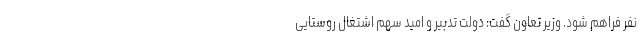
نفر فراهم شود. وزیر تعاون گفت: دولت تدبیر و امید سهم اشتغال روستایی